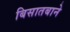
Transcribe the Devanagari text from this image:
बिसातबाने